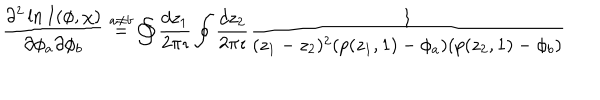
\frac { \partial ^ { 2 } \ln I ( \phi , \chi ) } { \partial \phi _ { a } \partial \phi _ { b } } \stackrel { a \neq b } { = } \oint \frac { d z _ { 1 } } { 2 \pi \imath } \oint \frac { d z _ { 2 } } { 2 \pi \imath } \frac { 1 } { ( z _ { 1 } - z _ { 2 } ) ^ { 2 } ( p ( z _ { 1 } , 1 ) - \phi _ { a } ) ( p ( z _ { 2 } , 1 ) - \phi _ { b } ) }